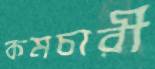
কমচারী